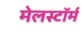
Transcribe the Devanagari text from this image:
मेलस्टाॅर्म